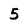
Character: 5